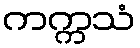
ကက္ကသံ